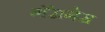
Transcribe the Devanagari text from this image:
गॅरागेस